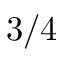
3 / 4